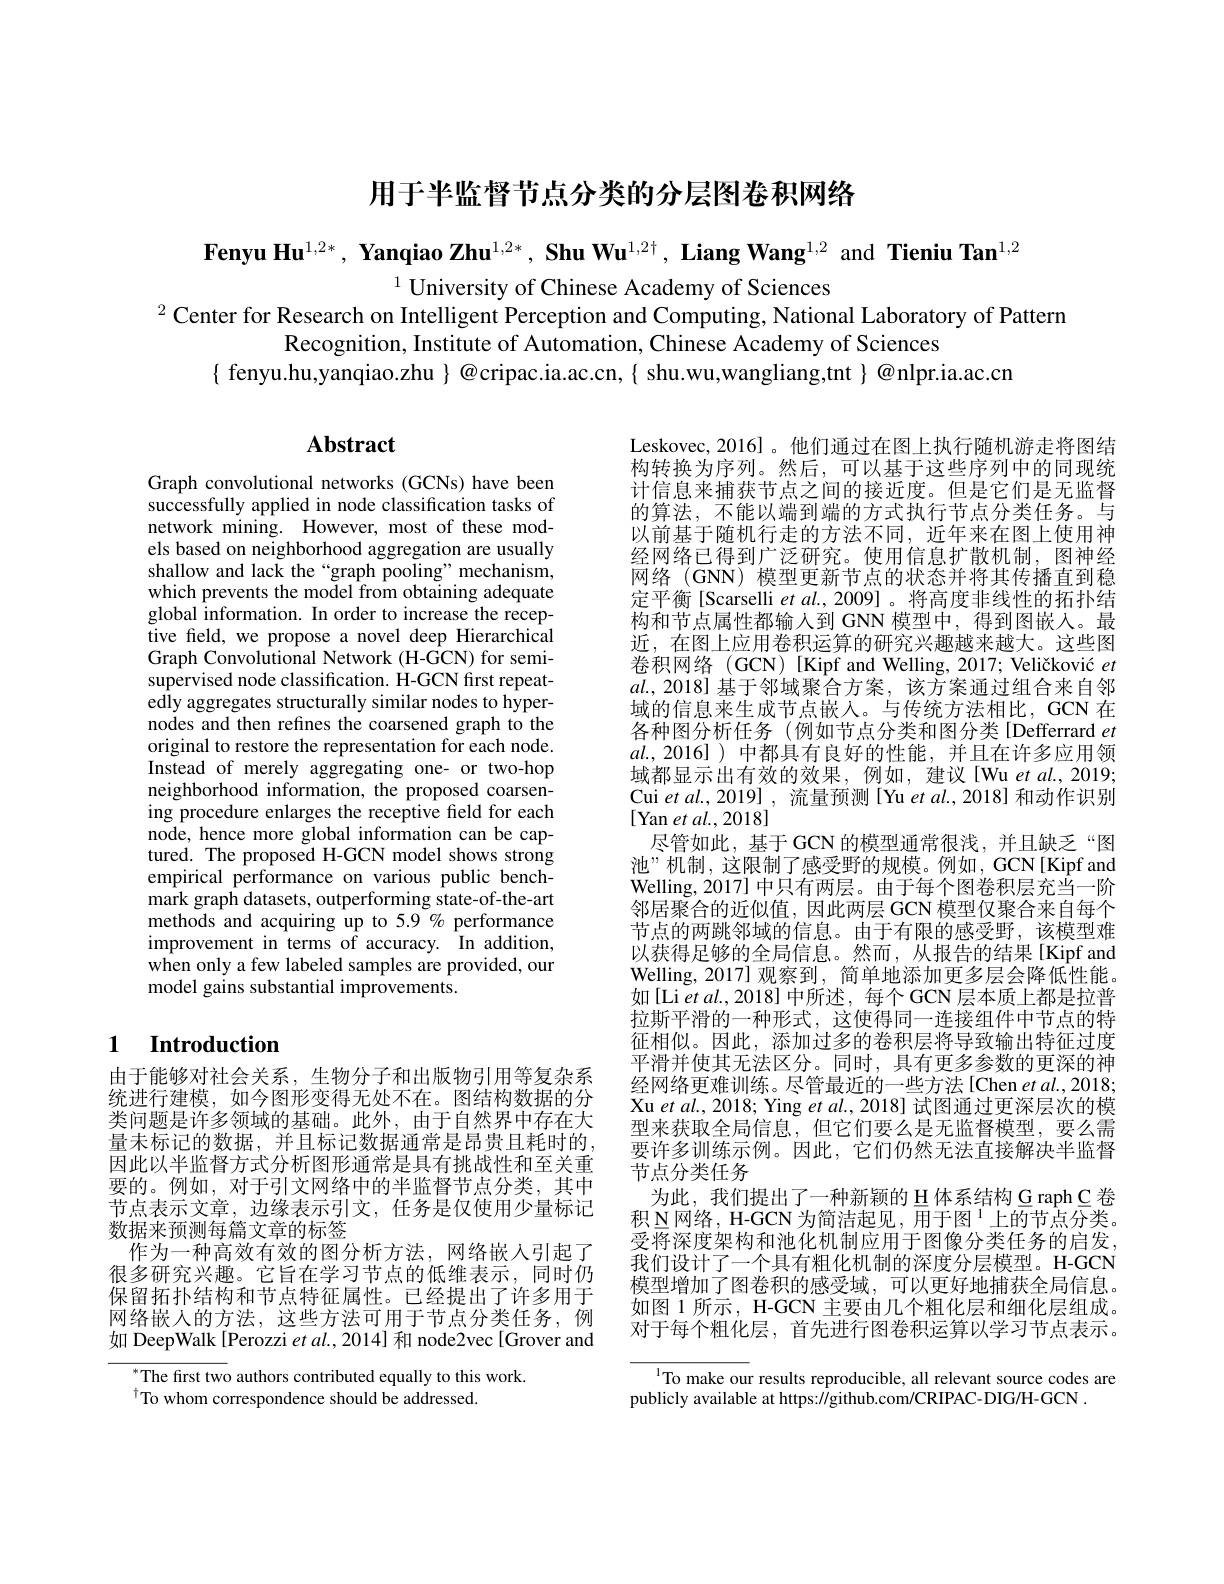
用于半监督节点分类的分层图卷积网络

Fenyu Hu$^{1,2*},\textbf{ Yanqiao Zhu}^{1,2*},\textbf{ Shu Wu}^{1,2\dagger},\textbf{Liang Wang}^{1,2}$ and Tieniu Tan$^{1,2}$

$^{1}$ University of Chinese Academy of Sciences
$^{2}$ Center for Research on Intelligent Perception and Computing, National Laboratory of Pattern
Recognition, Institute of Automation, Chinese Academy of Sciences
$\{$ fenyu.hu,yanqiao.zhu $\}$ @cripac.ia.ac.cn,{ shu.wu,wangliang,tnt $\}@$nlpr.ia.ac.cn

# $\mathbf{Abstract}$

Graph convolutional networks (GCNs) have been successfully applied in node classification tasks of network mining. However, most of these models based on neighborhood aggregation are usually shallow and lack the“graph pooling”mechanism, which prevents the model from obtaining adequate global information. In order to increase the receptive feld, we propose a novel deep Hierarchical Graph Convolutional Network (H-GCN) for semisupervised node classification. H-GCN first repeatedly aggregates structurally similar nodes to hypernodes and then refines the coarsened graph to the original to restore the representation for each node. Instead of merely aggregating one- or two-hop neighborhood information, the proposed coarsening procedure enlarges the receptive feld for each node, hence more global information can be captured. The proposed H-GCN model shows strong empirical performance on various public benchmark graph datasets, outperforming state-of-the-art methods and acquiring up to 5.9% performance improvement in terms of accuracy. In addition, when only a few labeled samples are provided, our model gains substantial improvements.

Leskovec, 2016]。他们通过在图上执行随机游走将图结构转换为序列。然后，可以基于这些序列中的同现统计信息来捕获节点之间的接近度。但是它们是无监督的算法，不能以端到端的方式执行节点分类任务。与以前基于随机行走的方法不同，近年来在图上使用神经网络已得到广泛研究。使用信息扩散机制，图神经网络(GNN) 模型更新节点的状态并将其传播直到稳定平衡[Scarselli et $al.,2009]$。将高度非线性的拓扑结构和节点属性都输入到 GNN 模型中，得到图嵌入。最近，在图上应用卷积运算的研究兴趣越来越大。这些图卷积网络(GCN)[Kipf and Welling, 2017; Veličković $et$ $al.,2018]$基于邻域聚合方案，该方案通过组合来自邻域的信息来生成节点嵌入。与传统方法相比，GCN 在各种图分析任务 (例如节点分类和图分类[Defferrard $et$ $al.,2016]$)中都具有良好的性能，并且在许多应用领域都显示出有效的效果，例如，建议[Wu et al., 2019; Cui et al., 2019] , 流量预测[Yu et al., 2018] 和动作识别[Yan et al.,2018]
尽管如此，基于GCN 的模型通常很浅，并且缺乏“图池”机制，这限制了感受野的规模。例如，GCN[Kipfand] Welling,2017] 中只有两层。由于每个图卷积层充当一阶邻居聚合的近似值，因此两层 GCN 模型仅聚合来自每个节点的两跳邻域的信息。由于有限的感受野，该模型难以获得足够的全局信息。然而，从报告的结果[Kipf and Welling, 2017] 观察到，简单地添加更多层会降低性能。如[Li et al., 2018] 中所述，每个 GCN 层本质上都是拉普拉斯平滑的一种形式，这使得同一连接组件中节点的特征相似。因此，添加过多的卷积层将导致输出特征过度平滑并使其无法区分。同时，具有更多参数的更深的神经网络更难训练。尽管最近的一些方法[Chen et al., 2018; Xu et al., 2018; Ying $et$ al., 2018] 试图通过更深层次的模型来获取全局信息，但它们要么是无监督模型，要么需要许多训练示例。因此，它们仍然无法直接解决半监督节点分类任务
为此，我们提出了一种新颖的 H 体系结构 G raph C 卷积 N网络，H-GCN 为简洁起见，用于图 $^1$上的节点分类。受将深度架构和池化机制应用于图像分类任务的启发， 我们设计了一个具有粗化机制的深度分层模型。H-GCN 模型增加了图卷积的感受域，可以更好地捕获全局信息。如图 1 所示，H-GCN 主要由几个粗化层和细化层组成。对于每个粗化层，首先进行图卷积运算以学习节点表示。

## 1 Introduction

由于能够对社会关系，生物分子和出版物引用等复杂系统进行建模，如今图形变得无处不在。图结构数据的分类问题是许多领域的基础。此外，由于自然界中存在大量未标记的数据，并且标记数据通常是昂贵且耗时的， 因此以半监督方式分析图形通常是具有挑战性和至关重要的。例如，对于引文网络中的半监督节点分类，其中节点表示文章，边缘表示引文，任务是仅使用少量标记数据来预测每篇文章的标签
作为一种高效有效的图分析方法，网络嵌人引起了很多研究兴趣。它旨在学习节点的低维表示，同时仍保留拓扑结构和节点特征属性。已经提出了许多用于网络嵌人的方法，这些方法可用于节点分类任务，例如 DeepWalk [Perozzi et al., 2014] 和 node2vec[Grover and

$^{*}$The first two authors contributed equally to this work.
To whom correspondence should be addressed.

To make our results reproducible, all relevant source codes are
publicly available at https:$l/$github.com/CRIPAC-DIG/H-GCN .